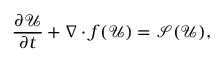
\frac { \partial \mathcal { U } } { \partial t } + \nabla \cdot f ( \mathcal { U } ) = \mathcal { S } ( \mathcal { U } ) ,